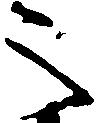
之